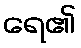
ရေ၏